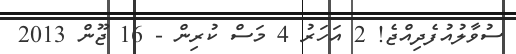
ސުވާލުއުފެދިއްޖެ! 2 އަހަރު 4 މަސް ކުރިން - 16 ޖޫން 2013